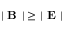
| \textbf { B } | \geq | \textbf { E } |